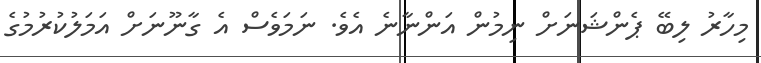
މިހާރު ލިބޭ ޕެންޝަނަށް ނިމުން އަންނާނެ އެވެ. ނަމަވެސް އެ ގާނޫނަށް އަމަލުކުރުމުގެ